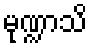
မုဏ္ဍာသိ